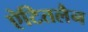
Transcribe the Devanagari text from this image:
ऐटितलैन